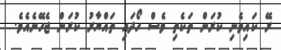
ރޭ ކައިވެނި ކުރަން ތަކެތި ވެސް ހޯދައި ތައްޔާރު ކުރަން ޖެހޭނެއެވެ.